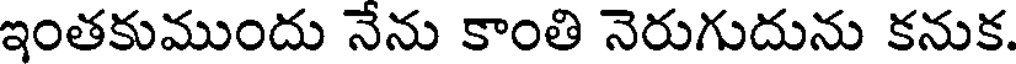
ఇంతకుముందు నేను కాంతి నెరుగుదును కనుక.